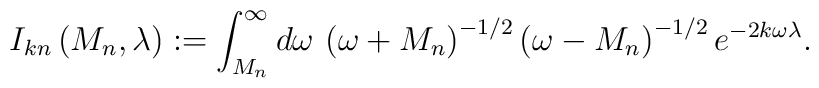
I_{kn}\left( M_{n},\lambda \right) :=\int _{M_{n}}^{\infty }d\omega \, \left( \omega +M_{n}\right) ^{-1/2}\left( \omega -M_{n}\right) ^{-1/2}e^{-2k\omega \lambda }.